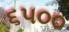
૬૫૦૦